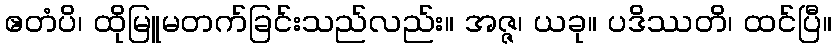
ဧတံပိ၊ ထိုမြူမတက်ခြင်းသည်လည်း။ အဇ္ဇ၊ ယခု။ ပဒိဿတိ၊ ထင်ပြီ။